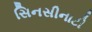
સિનસીનાટી